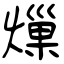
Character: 𤍒